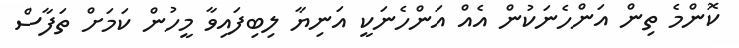
ކޮންމެ ތިން އަންހެނަކުން އެއް އަންހެނަކީ އަނިޔާ ލިބިފައިވާ މީހުން ކަމަށް ތަފާސް